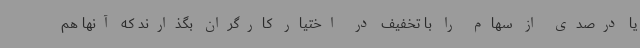
یا درصدی از سهام را با تخفیف در اختیار کارگران بگذارند که آنها هم